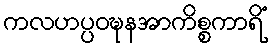
ကလဟပ္ပဝဍ္ဎနအာကိစ္စကာရိံ